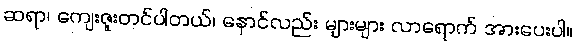
ဆရာ၊ ကျေးဇူးတင်ပါတယ်၊ နောင်လည်း များများ လာရောက် အားပေးပါ။